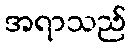
အရာသည်